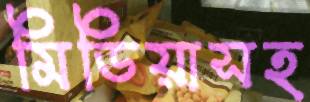
মিডিয়াসহ